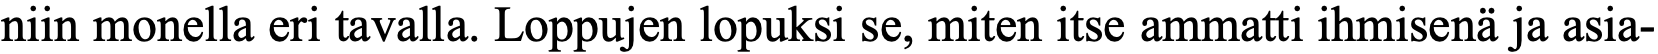
niin monella eri tavalla. Loppujen lopuksi se, miten itse ammatti ihmisenä ja asia-